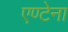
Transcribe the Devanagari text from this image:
एण्टेना